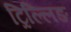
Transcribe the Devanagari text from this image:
ट्रिल्लिङ